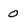
Character: O